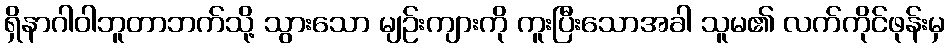
ရှိနာဂါဝါဘူတာဘက်သို့ သွားသော မျဉ်းကျားကို ကူးပြီးသောအခါ သူမ၏ လက်ကိုင်ဖုန်းမှ